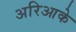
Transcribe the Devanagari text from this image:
अरिआके